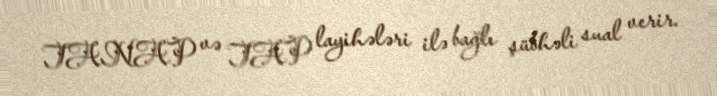
TANAP və TAP layihələri ilə bağlı şübhəli sual verir.